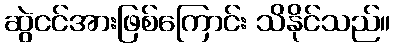
ဆွဲငင်အားဖြစ်ကြောင်း သိနိုင်သည်။